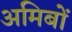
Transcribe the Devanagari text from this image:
अमिबों